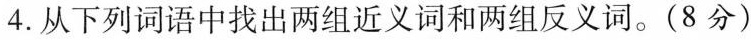
4.从下列词语中找出两组近义词和两组反义词。(8分)